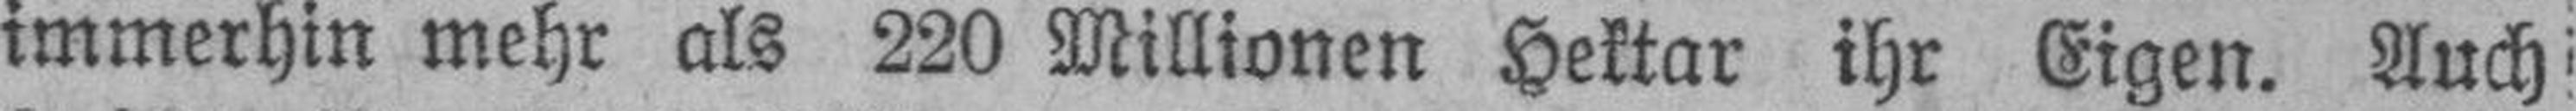
immerhin mehr als 220 Millionen Hektar ihr Eigen. Auch